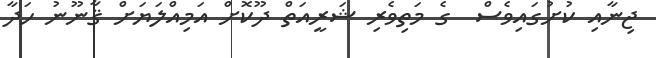
ޖިނާއި ކުށުގައިވެސް  ގެ މަތިވެރި ޝަރީއަތް ދޫކޮށް އަމިއްލަޔަށް ޤާނޫނު ހަދާ